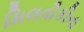
મિલવૌકીના